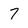
Character: 7